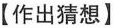
【作出猜想】